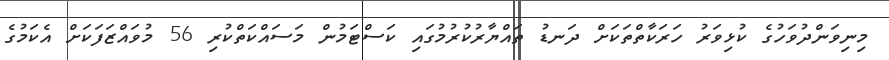
މިނިވަންދުވަހުގެ ކުޅިވަރު ހަރަކާތްތަކަށް ދަނޑު ތައްޔާރުކުރުމުގައި ކަސްޓަމުން މަސައްކަތްކުރި 56 މުވައްޒަފަކަށް އެކަމުގެ